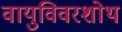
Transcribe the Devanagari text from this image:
वायुविवरशोथ